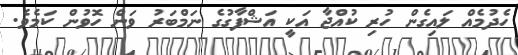
ހެދުމެއް ލައިގެން ހުރި ކުއްޖާ އަކީ އަޝްފާގުގެ ނަމްބަރު ވަން ހޮވުން ކަމެވެ.